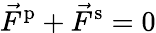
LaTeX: \vec{F}^{\mathrm{p}}+\vec{F}^{\mathrm{s}}=0